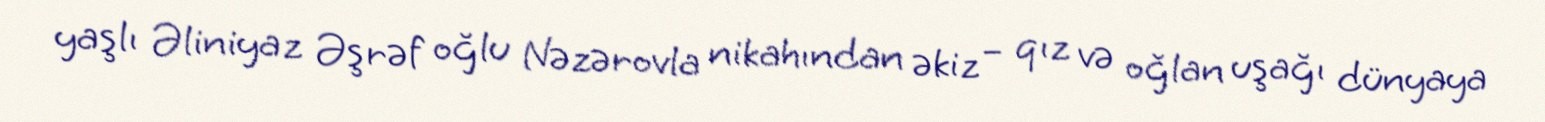
yaşlı Əliniyaz Əşrəf oğlu Nəzərovla nikahından əkiz – qız və oğlan uşağı dünyaya